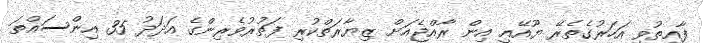
ފާއިތުވި އަހަރުގެތެރޭ ޔޫއޭއީ އިން ރާއްޖެއަށް ޒިޔާރަތްކުރި ފަތުރުވެރިންގެ އަދަދު 35 އިންސައްތަ